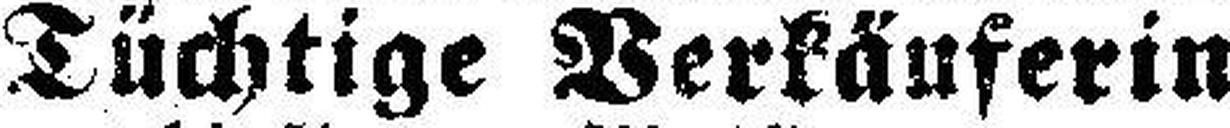
Tüchtige Verkäuferin